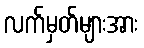
လက်မှတ်များအား